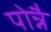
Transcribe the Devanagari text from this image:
पोन्नै